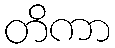
တိကာ